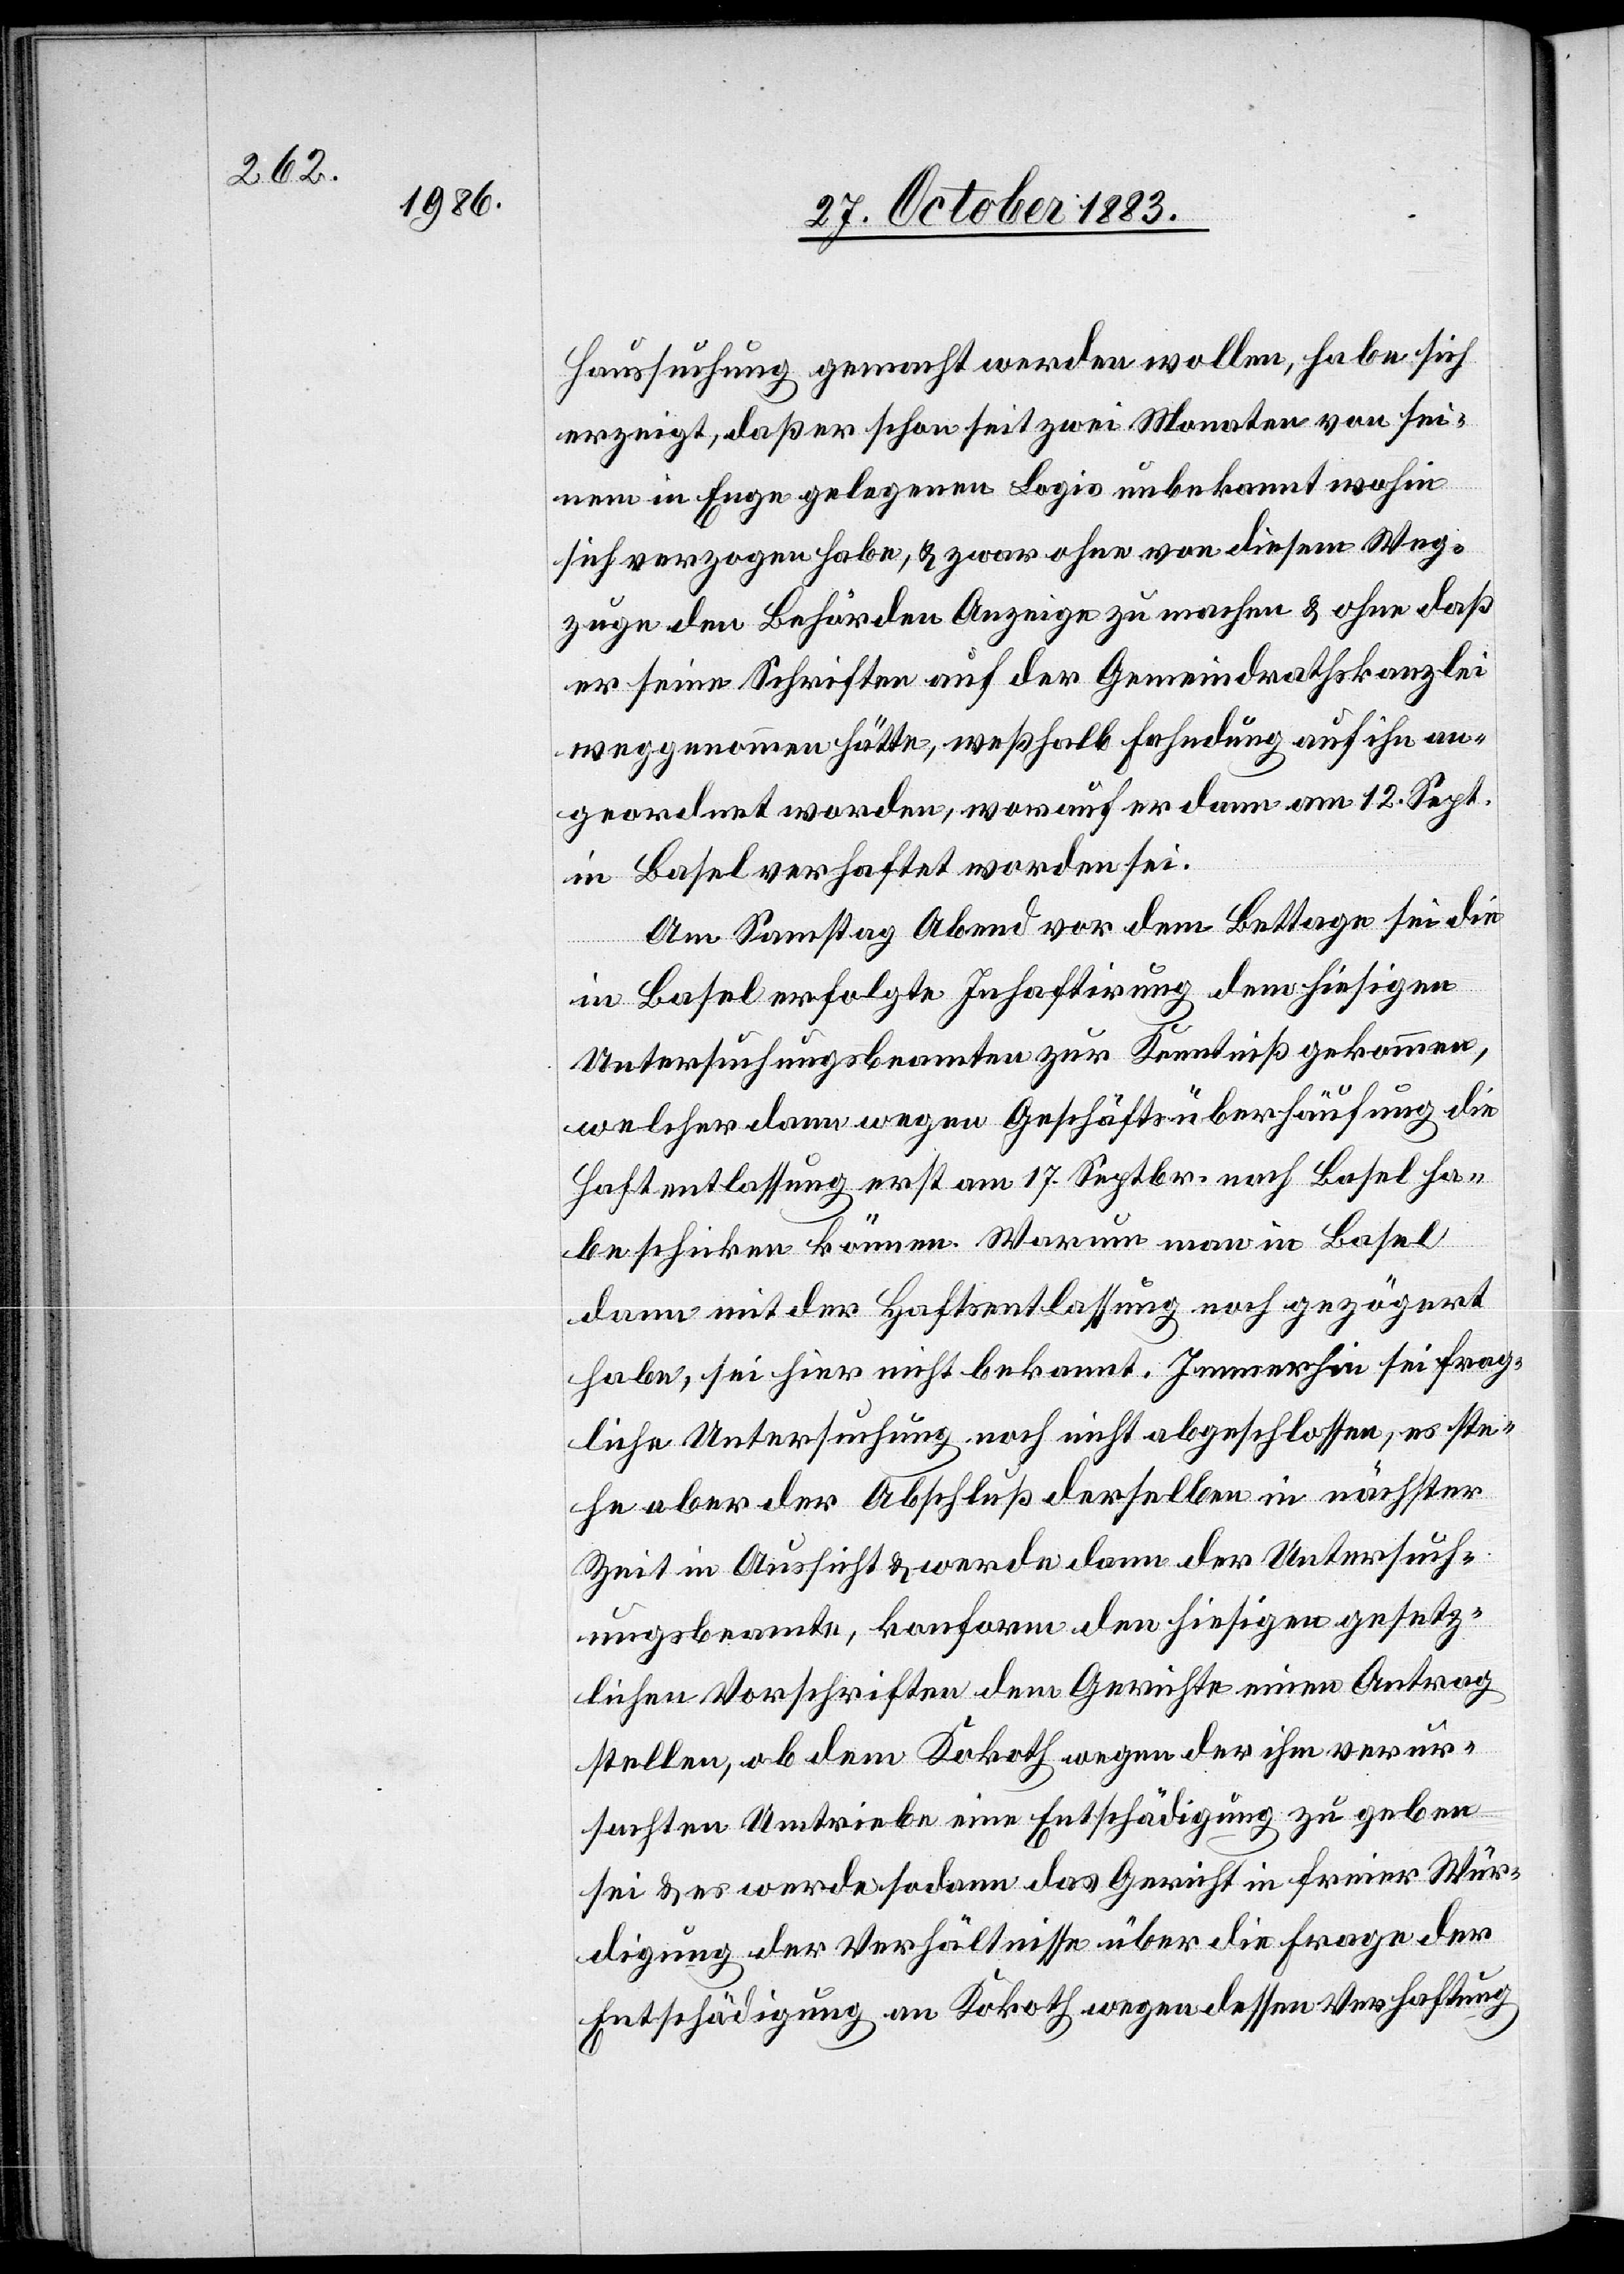
h]suchung gemacht werden wollen, habe sich
erzeigt, daß er schon seit zwei Monaten von sei¬
urc¬
nem in Enge gelegenen Logis unbekannt wohin
sich verzogen habe, & zwar ohne von diesem Weg¬
zuge den Behörden Anzeige zu machen & ohne daß
er seine Schriften auf der Gemeindrathskanzlei
weggenommen hätte, weßhalb Fahndung auf ihn an¬
geordnet worden, worauf er dann am 12. Sept.
in Basel verhaftet worden sei.
Am Samstag Abend vor dem Bettage sei die
in Basel erfolgte Inhaftirung dem hiesigen
Untersuchungsbeamten zur Kenntniß gekommen,
welcher dann wegen Geschäftsüberhäufung die
Haftentlassung erst am 17. Septbr. nach Basel ha¬
be schicken können. Warum man in Basel
dann mit der Haftentlassung noch gezögert
habe, sei hier nicht bekannt. Immerhin sei frag¬
liche Untersuchung noch nicht abgeschlossen, es ste¬
he aber der Abschluß derselben in nächster
Zeit in Aussicht & werde dann der Untersuch¬
ungsbeamte, konform den hiesigen gesetz¬
lichen Vorschriften dem Gerichte einen Antrag
stellen, ob dem Kokoth wegen der ihm verur¬
sachten Umtriebe eine Entschädigung zu geben
sei & es werde sodann das Gericht in freier Wür¬
digung der Verhältnisse über die Frage der
Entschädigung an Kokoth wegen dessen Verhaftung